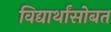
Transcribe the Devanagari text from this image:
विद्यार्थांसोबत